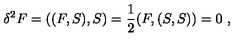
\delta ^ { 2 } F = ( ( F , S ) , S ) = \frac { 1 } { 2 } ( F , ( S , S ) ) = 0 \ ,